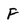
Character: F